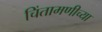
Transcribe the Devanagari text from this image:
चिंतामणीच्या